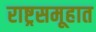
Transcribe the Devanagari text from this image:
राष्ट्रसमूहात